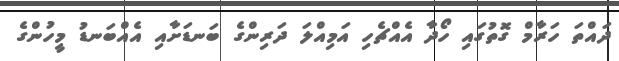
ދައްތަ ހަރާމް ގޮތުގައި ހޯދާ އެއްޗެހި އަމިއްލަ ދަރިންގެ ބަނޑަށާއި އެއްބަނޑު މީހުންގެ